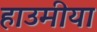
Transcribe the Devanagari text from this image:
हाउमीया